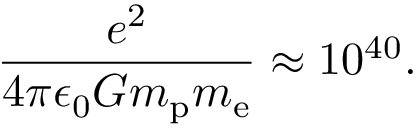
{ \frac { e ^ { 2 } } { 4 \pi \epsilon _ { 0 } G m _ { \mathrm { p } } m _ { \mathrm { e } } } } \approx 1 0 ^ { 4 0 } .